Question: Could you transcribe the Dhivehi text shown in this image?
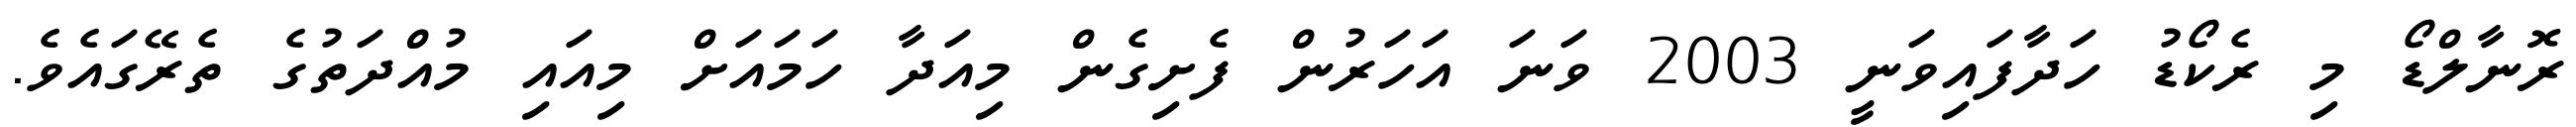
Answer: ރޮނާލްޑޯ މި ރެކޯޑު ހަދާފައިވަނީ 2003 ވަނަ އަހަރުން ފެށިގެން މިއަދާ ހަމައަށް މިއައި މުއްދަތުގެ ތެރޭގައެވެ.